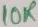
Text: 10K